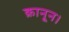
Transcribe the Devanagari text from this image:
क़ानून।